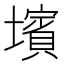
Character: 𡒨